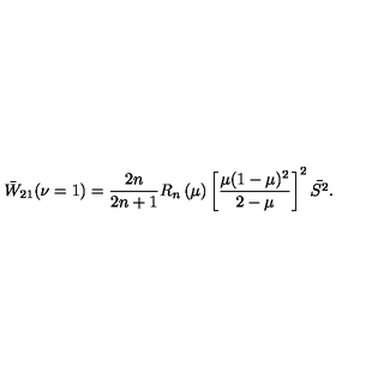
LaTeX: \bar { W } _ { 2 1 } ( \nu = 1 ) = \frac { 2 n } { 2 n + 1 } R _ { n } \left( \mu \right) \left[ \frac { \mu ( 1 - \mu ) ^ { 2 } } { 2 - \mu } \right] ^ { 2 } \bar { S ^ { 2 } } .